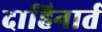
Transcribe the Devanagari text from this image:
दाहिनार्त